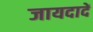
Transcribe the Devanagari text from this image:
जायदादें